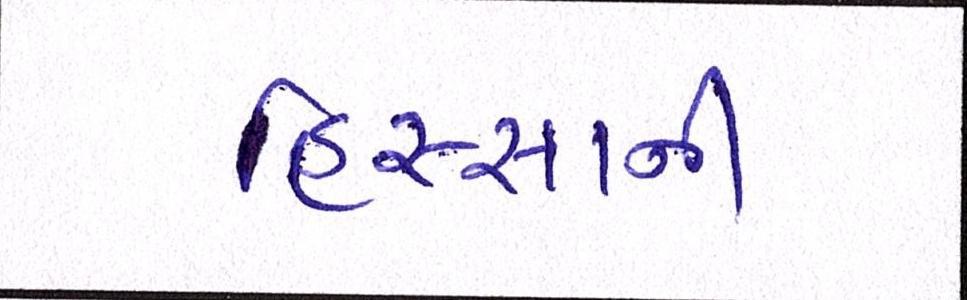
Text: હિસ્સાની